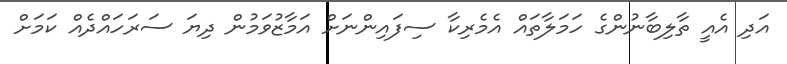
އަދި އެއީ ތާލިބާނުންގެ ހަމަލާތައް އެމެރިކާ ސިފައިންނަށް އަމާޒުވަމުން ދިޔަ ސަރަހައްދެއް ކަމަށް